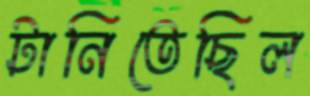
টানিতেছিল